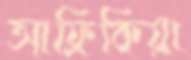
আফ্রিকিয়া